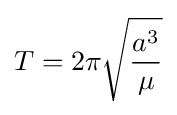
T=2\pi {\sqrt {\frac {a^{3}}{\mu }}}